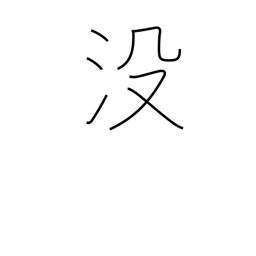
Meaning: sink